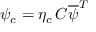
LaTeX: \psi _ { c } = \eta _ { c } \, C { \overline { { \psi } } } ^ { T }